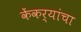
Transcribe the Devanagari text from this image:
केंकर्‍यांचा